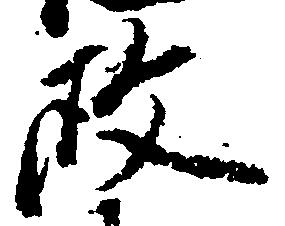
政